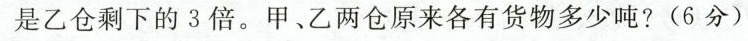
是乙仓剩下的3倍。甲、乙两仓原来各有货物多少吨?(6分)